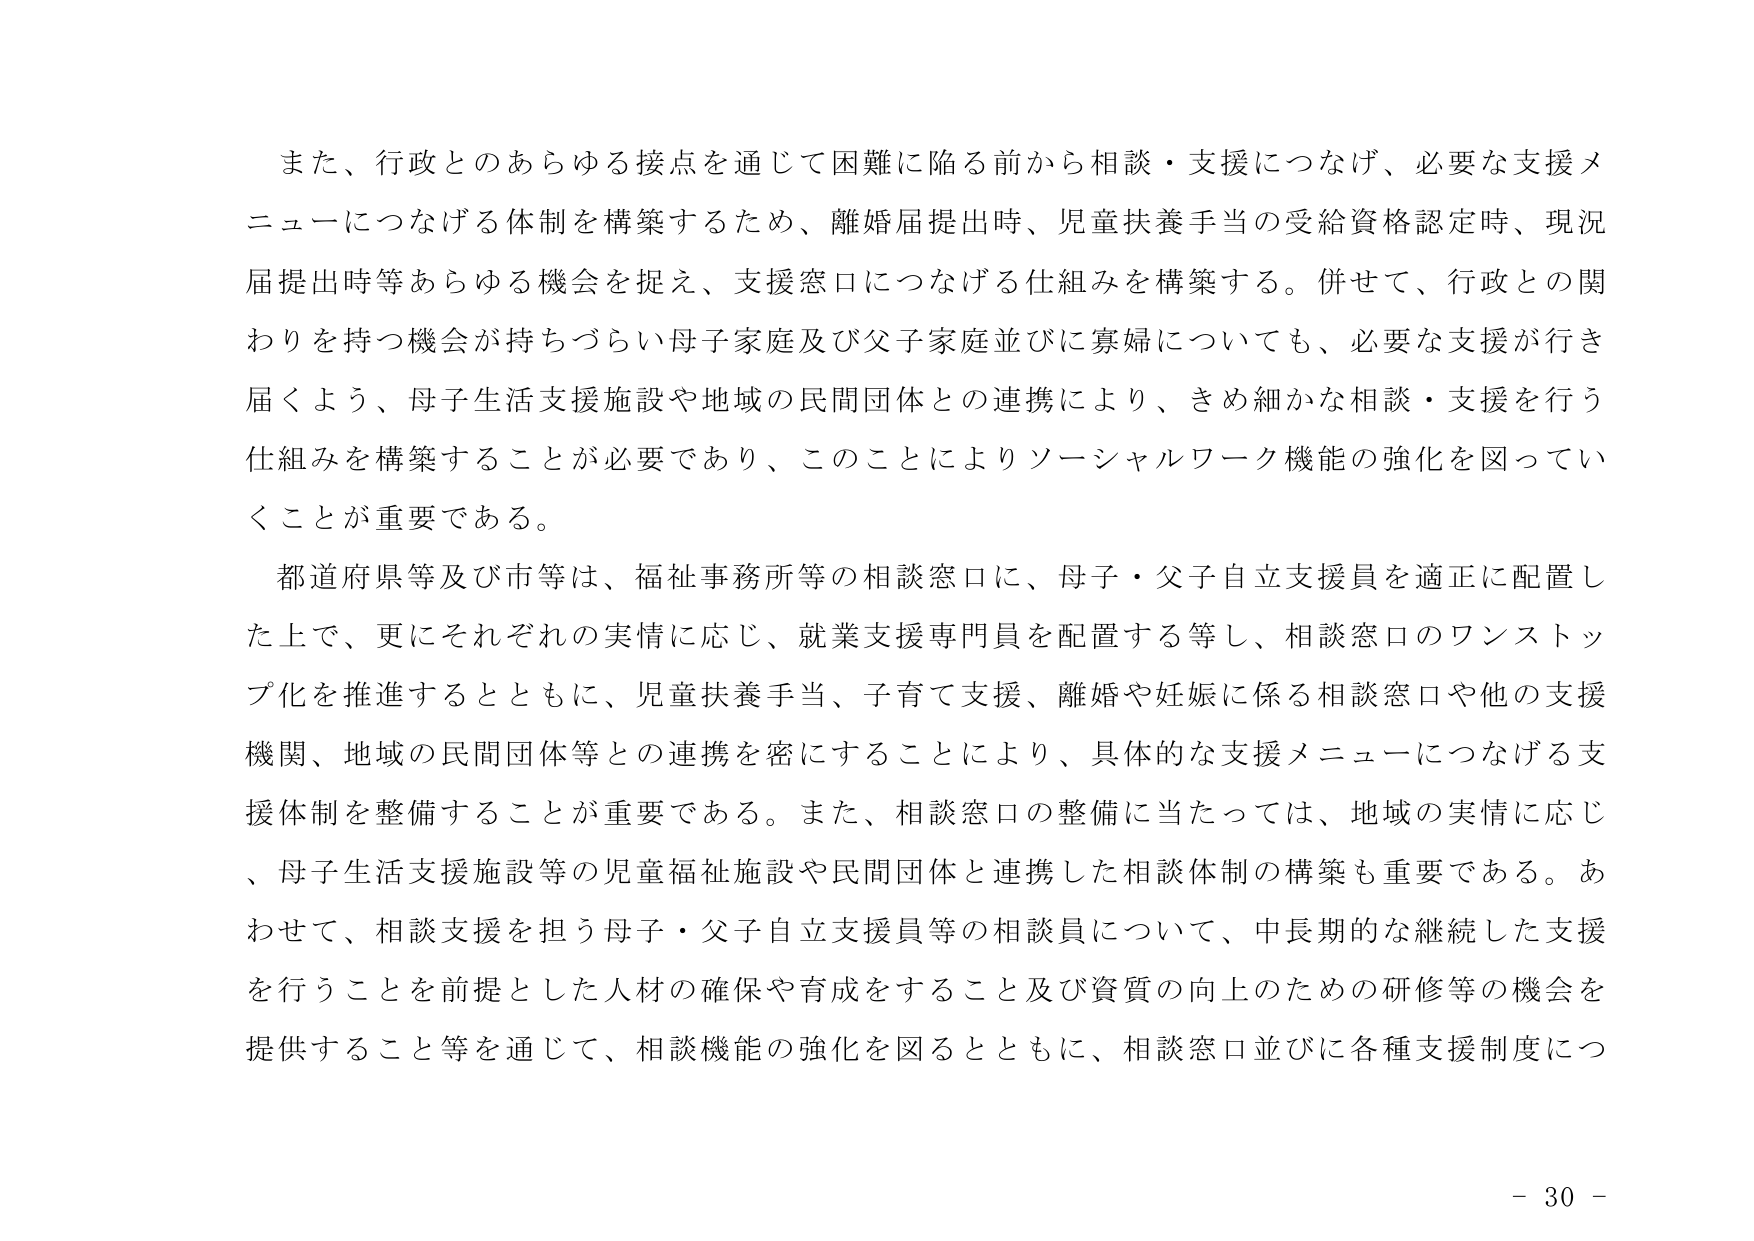
また、行政とのあらゆる接点を通じて困難に陥る前から相談・支援につなげ、必要な支援メニューにつなげる体制を構築するため、離婚届提出時、児童扶養手当の受給資格認定時、現況届提出時等あらゆる機会を捉え、支援窓口につなげる仕組みを構築する。併せて、行政との関わりを持つ機会が持ちづらい母子家庭及び父子家庭並びに寡婦についても、必要な支援が行き届くよう、母子生活支援施設や地域の民間団体との連携により、きめ細かな相談・支援を行う仕組みを構築することが必要であり、このことによりソーシャルワーク機能の強化を図っていくことが重要である。

都道府県等及び市等は、福祉事務所等の相談窓口に、母子・父子自立支援員を適正に配置した上で、更にそれぞれの実情に応じ、就業支援専門員を配置する等し、相談窓口のワンストップ化を推進するとともに、児童扶養手当、子育て支援、離婚や妊娠に係る相談窓口や他の支援機関、地域の民間団体等との連携を密にすることにより、具体的な支援メニューにつなげる支援体制を整備することが重要である。また、相談窓口の整備に当たっては、地域の実情に応じ、母子生活支援施設等の児童福祉施設や民間団体と連携した相談体制の構築も重要である。あわせて、相談支援を担う母子・父子自立支援員等の相談員について、中長期的な継続した支援を行うことを前提とした人材の確保や育成をすること及び資質の向上のための研修等の機会を提供すること等を通じて、相談機能の強化を図るとともに、相談窓口並びに各種支援制度につ

- 30 -